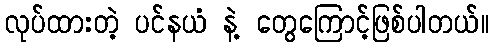
လုပ်ထားတဲ့ ပင်နယံ နဲ့ တွေကြောင့်ဖြစ်ပါတယ်။